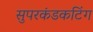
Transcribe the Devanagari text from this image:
सुपरकंडकटिंग